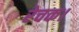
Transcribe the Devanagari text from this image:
रेचक।